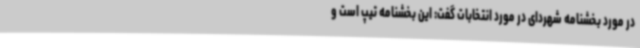
در مورد بخشنامه شهردای در مورد انتخابات گفت: این بخشنامه تیپ است و